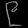
Digit: ၉